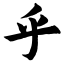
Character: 乎